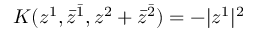
K ( z ^ { 1 } , \bar { z } ^ { \bar { 1 } } , z ^ { 2 } + \bar { z } ^ { \bar { 2 } } ) = - | z ^ { 1 } | ^ { 2 }